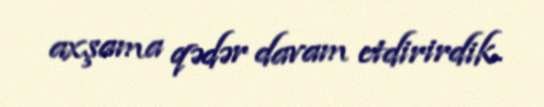
axşama qədər davam etdirirdik.